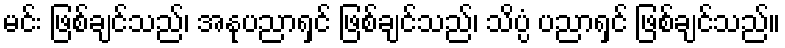
မင်း ဖြစ်ချင်သည်၊ အနုပညာရှင် ဖြစ်ချင်သည်၊ သိပ္ပံ ပညာရှင် ဖြစ်ချင်သည်။